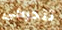
تتحركى